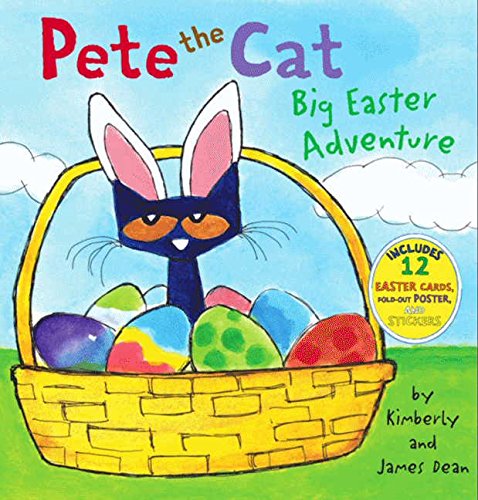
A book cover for Pete the Cat: Big Easter Adventure; James Dean; Children's Books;